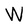
Character: W